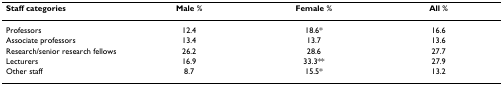
<table><thead><tr><td><b>Staff categories</b></td><td><b>Male %</b></td><td><b>Female %</b></td><td><b>All %</b></td></tr></thead><tbody><tr><td>Professors</td><td>12.4</td><td>18.6*</td><td>16.6</td></tr><tr><td>Associate professors</td><td>13.4</td><td>13.7</td><td>13.6</td></tr><tr><td>Research/senior research fellows</td><td>26.2</td><td>28.6</td><td>27.7</td></tr><tr><td>Lecturers</td><td>16.9</td><td>33.3**</td><td>27.9</td></tr><tr><td>Other staff</td><td>8.7</td><td>15.5*</td><td>13.2</td></tr></tbody></table>